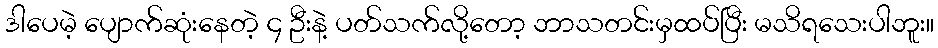
ဒါပေမဲ့ ပျောက်ဆုံးနေတဲ့ ၄ ဦးနဲ့ ပတ်သက်လို့တော့ ဘာသတင်းမှထပ်ပြီး မသိရသေးပါဘူး။